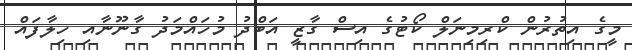
މީގެ އިތުރުން ކްރިމިނަލް ކޯޓުގެ އިސް ގާޒީ އަބްދު މުހައްމަދު ގާނޫނާއި ހިލާފައް